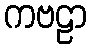
ကဗဠာ